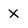
Character: X